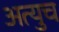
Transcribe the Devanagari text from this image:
अत्युच